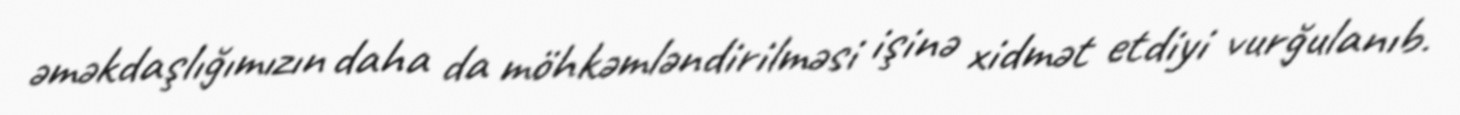
əməkdaşlığımızın daha da möhkəmləndirilməsi işinə xidmət etdiyi vurğulanıb.